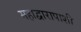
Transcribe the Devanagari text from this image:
महाद्वारापाशी